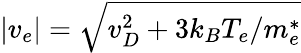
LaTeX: |v_{e}|=\sqrt{v_{D}^{2}+3{k_{B}}{T_{e}}/{m_{e}^{*}}}